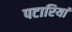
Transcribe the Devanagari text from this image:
पटारियां